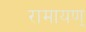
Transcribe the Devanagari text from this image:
रामायण्